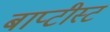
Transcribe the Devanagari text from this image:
बाप्टीस्ट